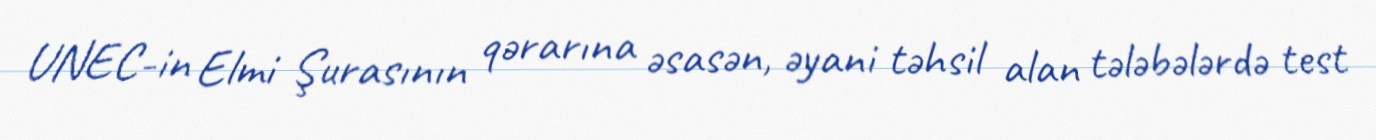
UNEC-in Elmi Şurasının qərarına əsasən, əyani təhsil alan tələbələrdə test